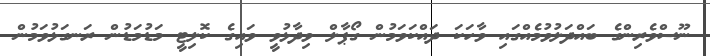
ނޫސްވެރިންގެ ބައްދަލުވުމެއްގައި ވާހަކަ ދައްކަވަމުން ގޯޕާލް ވިދާޅުވީ ވައިގެ ކޮލިޓީ މަޑުމަޑުން ރަނގަޅުވަމުން